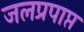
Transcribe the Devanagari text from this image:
जलप्रपाप्त